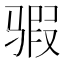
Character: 𱅞